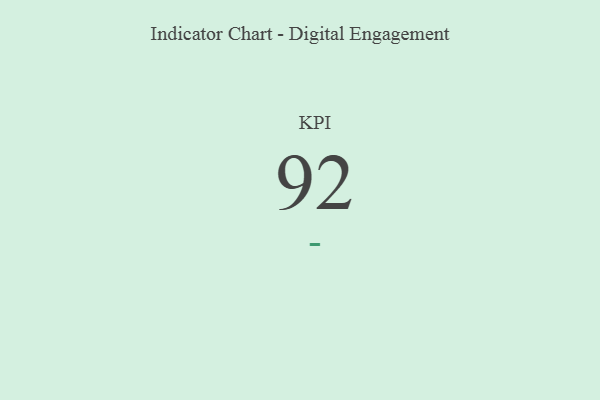
{"axis": {"x": "KPI", "y": "Value"}, "legend": [""], "data": [{"x": "KPI", "y": 92, "type": ""}]}